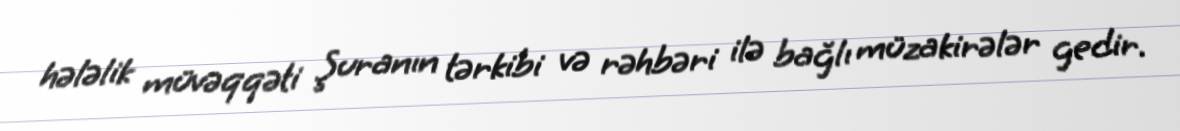
hələlik müvəqqəti Şuranın tərkibi və rəhbəri ilə bağlı müzakirələr gedir.